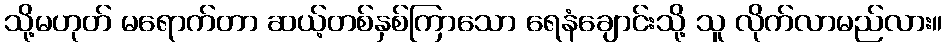
သို့မဟုတ် မရောက်တာ ဆယ့်တစ်နှစ်ကြာသော ရေနံချောင်းသို့ သူ လိုက်လာမည်လား။